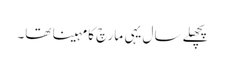
پچھلے سال یہی مارچ کا مہینا تھا۔